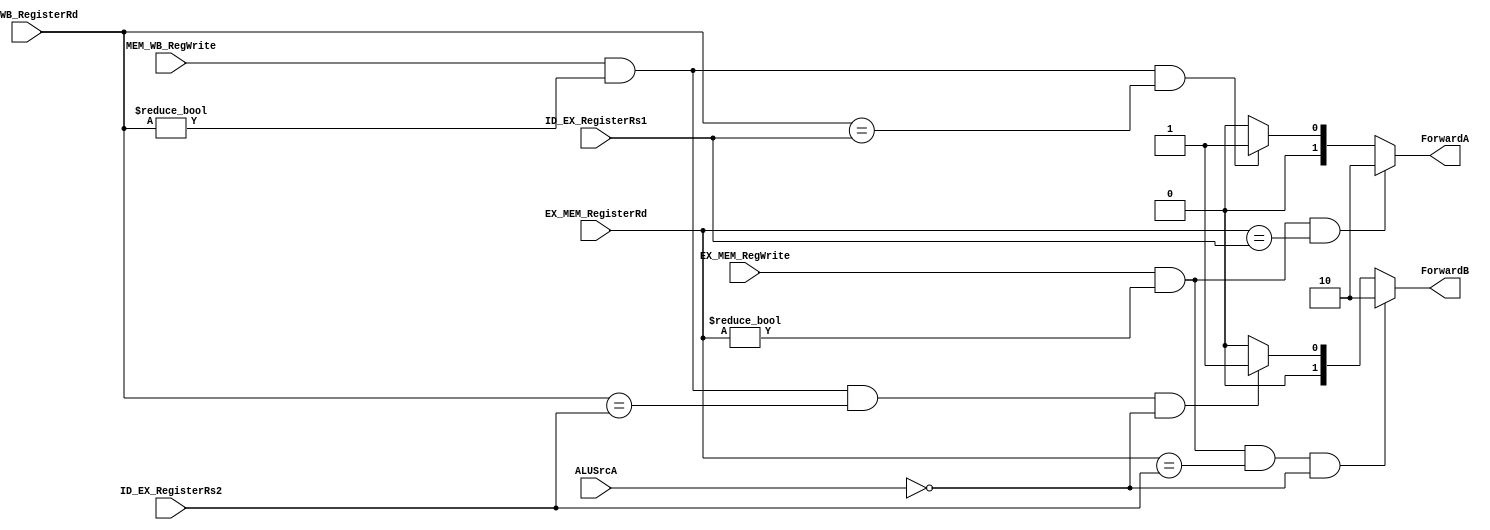
`timescale 1ns / 1ps
//////////////////////////////////////////////////////////////////////////////////
// Company: 
// Engineer: 
// 
// Design Name: 
// Module Name: ForwardingUnit
// Project Name: 
// Target Devices: 
// Tool Versions: 
// Description: 
// 
// Dependencies: 
// 
// Revision:
// Revision 0.01 - File Created
// Additional Comments:
// 
//////////////////////////////////////////////////////////////////////////////////


module ForwardingUnit(
    input [4:0] EX_MEM_RegisterRd,//
    input       EX_MEM_RegWrite,        // control  EX_MEM_RegWrite
    input [4:0] MEM_WB_RegisterRd,
    input       MEM_WB_RegWrite,        // control  MEM_WB_RegWrite
    input       ALUSrcA,
    input [4:0] ID_EX_RegisterRs1,      //[4:0]ID_EX_RegisterRs1
    input [4:0] ID_EX_RegisterRs2,         // ID_EX_RegisterRs2
    
    output reg [1:0] ForwardA,
    output reg [1:0] ForwardB
    );
    
//    module ForwardingUnit(input EX_MEM_RegWrite, MEM_WB_RegWrite, [4:0]ID_EX_RegisterRs1,ID_EX_RegisterRs2,
//    EX_MEM_WriteBackAddress, MEM_WB_WriteBackAddress, output reg [1:0] ForwardA, ForwardB);
    
        always@(*) begin
            if ( EX_MEM_RegWrite && (EX_MEM_RegisterRd != 0)
            && (EX_MEM_RegisterRd == ID_EX_RegisterRs1) )
                ForwardA = 2'b10;       // from alu output in the mem stage
            else if (MEM_WB_RegWrite && (MEM_WB_RegisterRd != 0)
            && (MEM_WB_RegisterRd == ID_EX_RegisterRs1) )
                ForwardA = 2'b01;       // from mux output in the wb stage
            else
                ForwardA = 2'b00;       // no forwarding
            
            
            if ( EX_MEM_RegWrite && (EX_MEM_RegisterRd != 0)
            && (EX_MEM_RegisterRd == ID_EX_RegisterRs2) && !ALUSrcA)
                ForwardB = 2'b10;       // from alu output in the mem stage
            else if (MEM_WB_RegWrite && (MEM_WB_RegisterRd != 0)
                && (MEM_WB_RegisterRd == ID_EX_RegisterRs2) && !ALUSrcA)
                ForwardB = 2'b01;       // from mux output in the wb stage
            else
                ForwardB = 2'b00;       // no forwarding
        end
    
endmodule